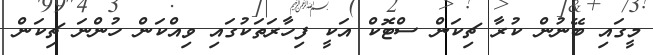
މީގައި ބޭނުން ކުރާ ޗިކަން ސްޓޮކް އަކީ ފިހާރަތަކުގައި ވިއްކަން ހުންނަ ޗިކަން